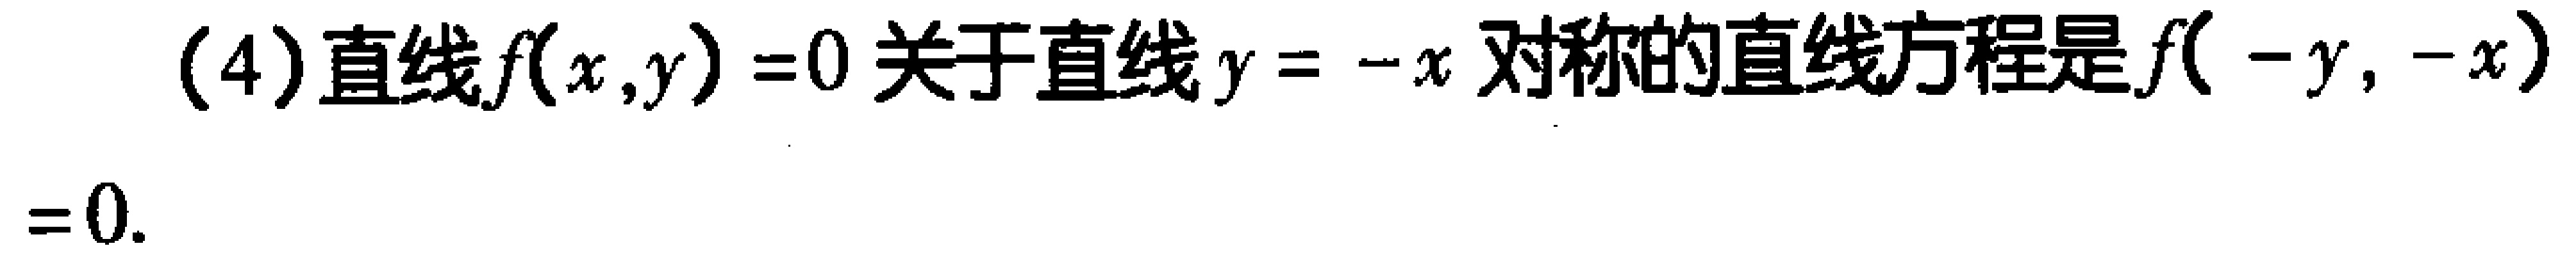
(4) 直线\(f(x,y)=0\)关于直线\(y = -x\)对称的直线方程是\(f(-y,-x)=0\)。